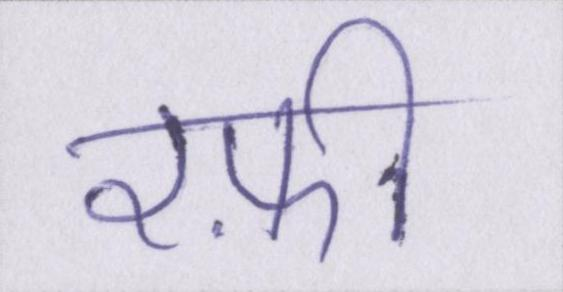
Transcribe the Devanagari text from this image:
रफ़ी